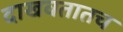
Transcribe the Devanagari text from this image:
दाखवतातच